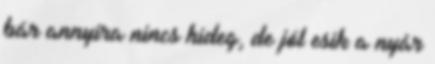
bár annyira nincs hideg, de jól esik a nyár